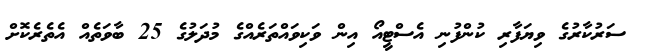
ސަރުކާރުގެ ވިޔަފާރި ކުންފުނި އެސްޓީއޯ އިން ވަކިވައްތަރެއްގެ މުދަލުގެ 25 ބާވަތެއް އެތެރެކޮށް